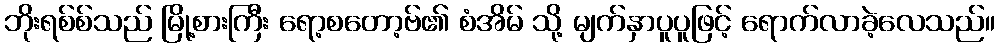
ဘိုးရစ်စ်သည် မြို့စားကြီး ရော့စတော့ဗ်၏ စံအိမ် သို့ မျက်နှာပူပူဖြင့် ရောက်လာခဲ့လေသည်။